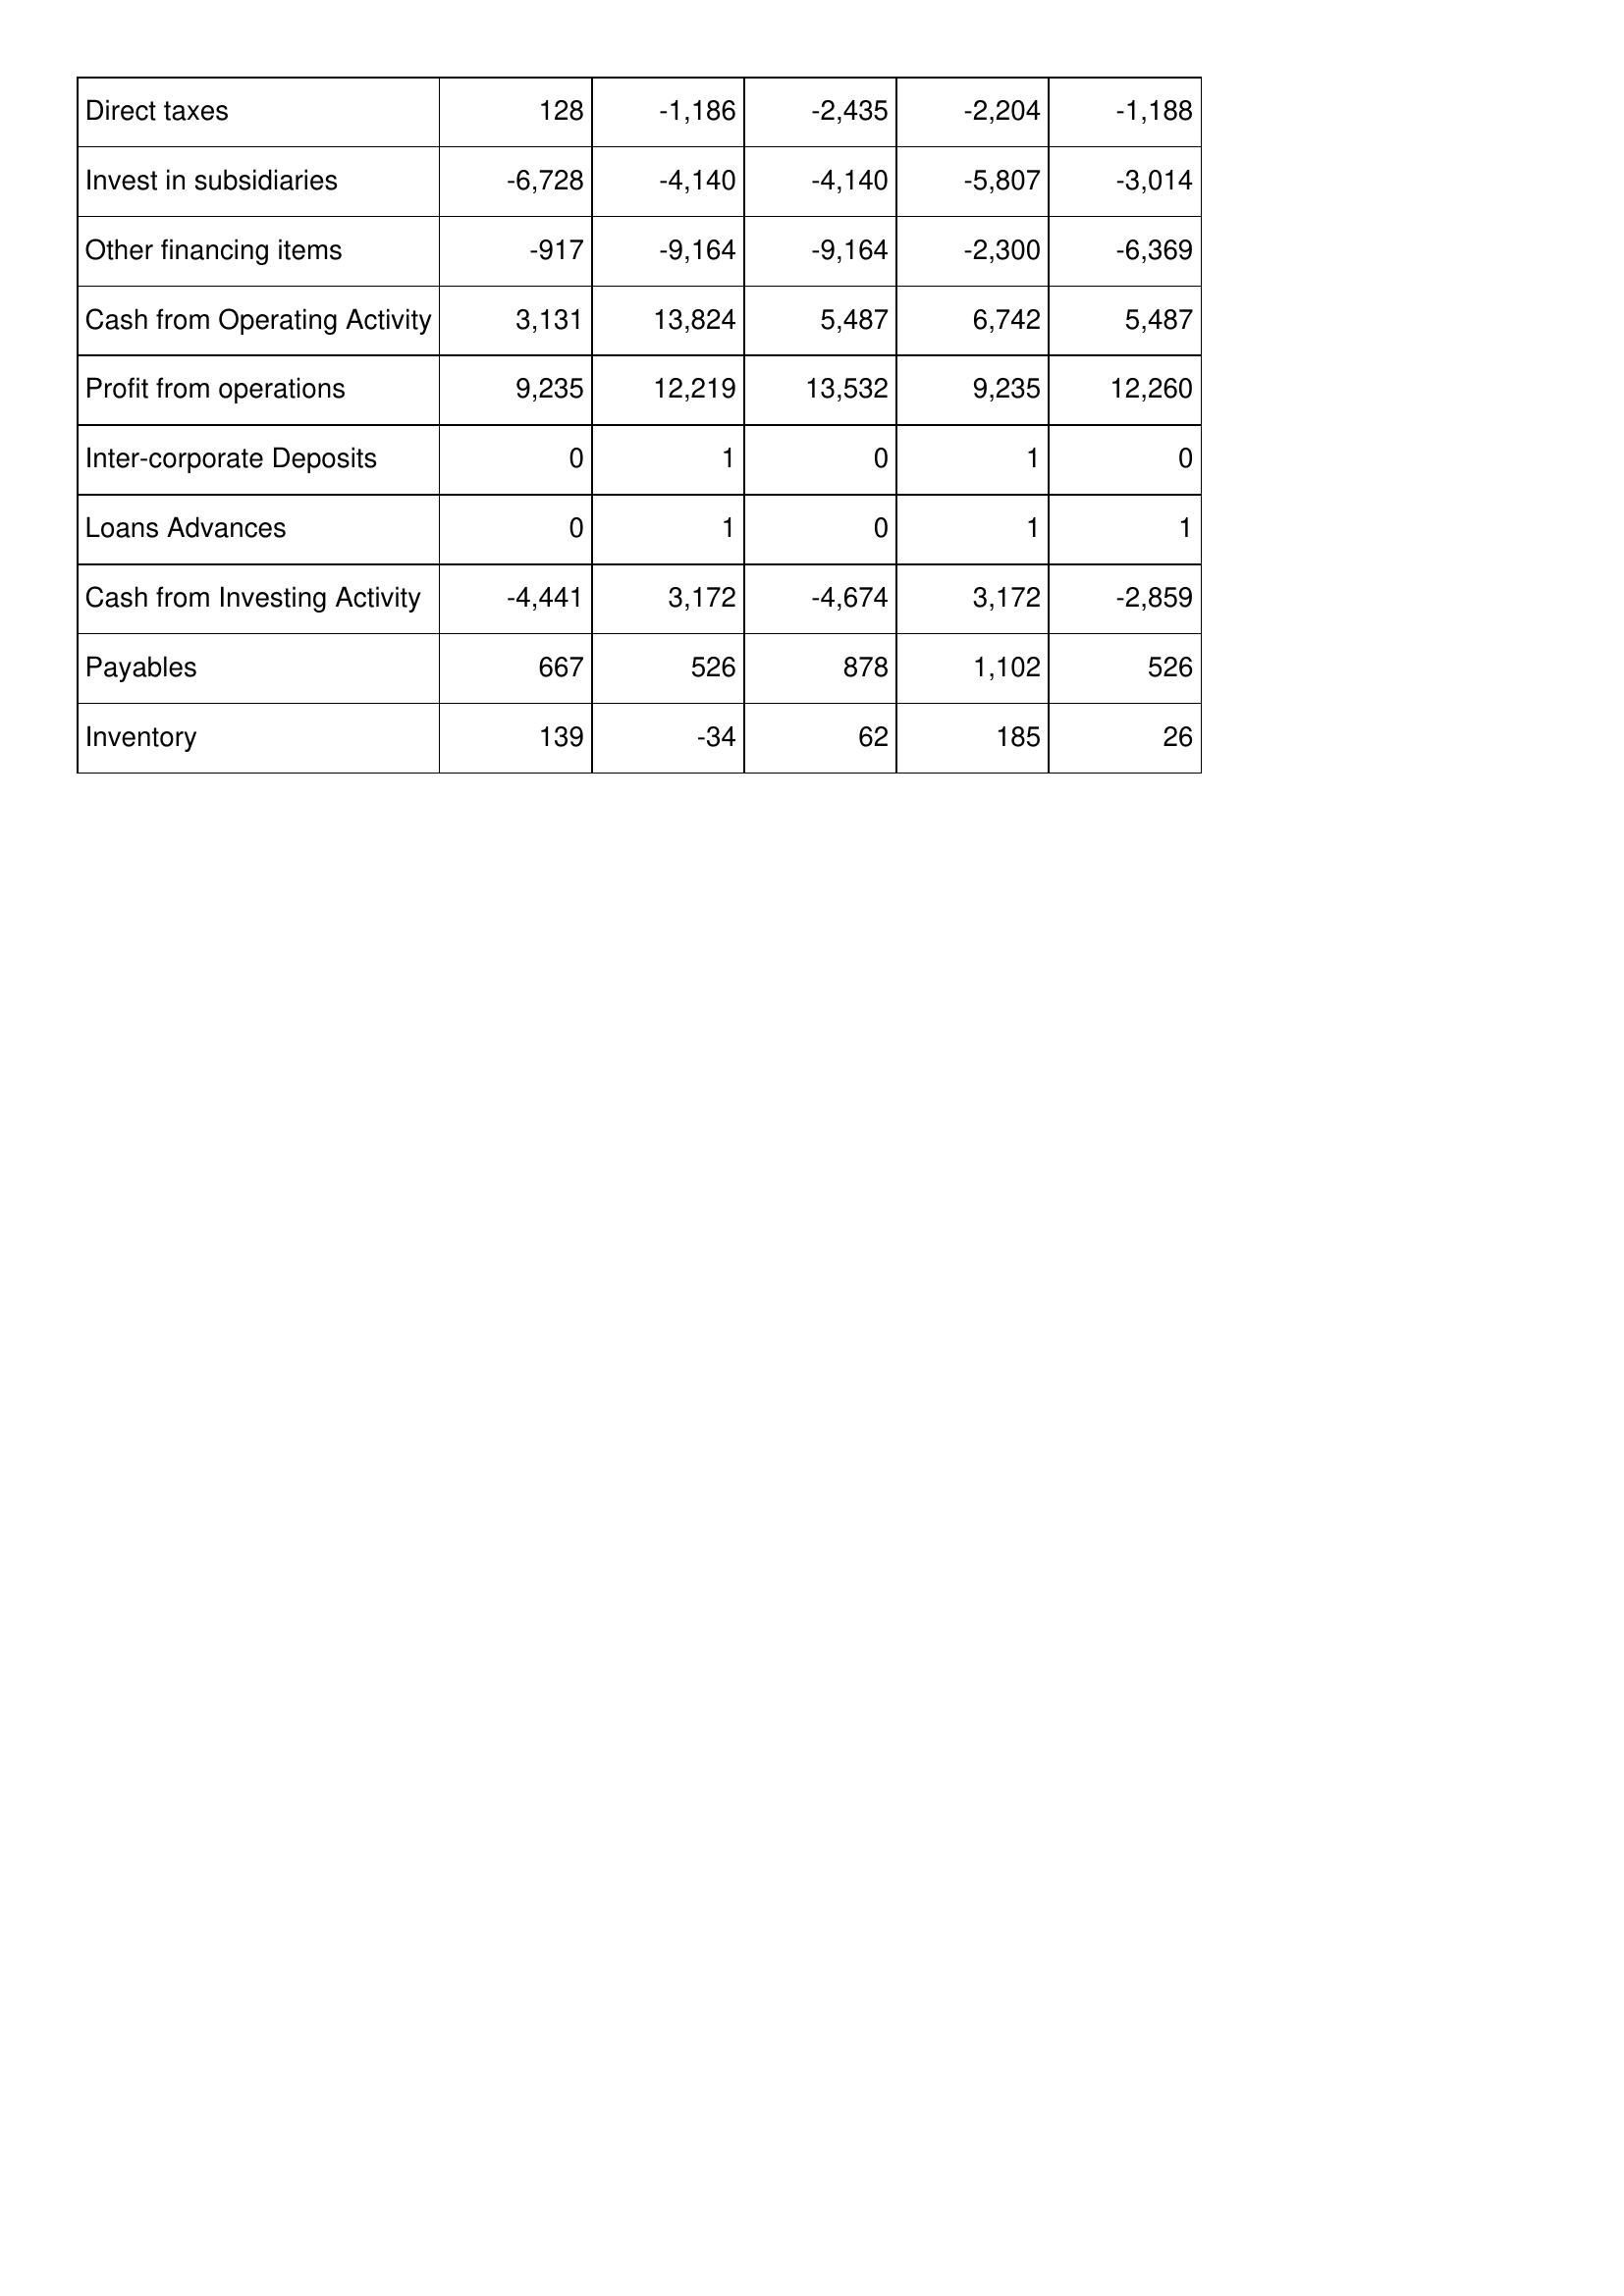
Jun-07: Cash Flows: Direct taxes: 128
Invest in subsidiaries: -6,728
Other financing items: -917
Cash from Operating Activity: 3,131
Profit from operations: 9,235
Inter-corporate Deposits: 0
Loans Advances: 0
Cash from Investing Activity: -4,441
Payables: 667
Inventory: 139
Jun-08: Cash Flows: Direct taxes: -1,186
Invest in subsidiaries: -4,140
Other financing items: -9,164
Cash from Operating Activity: 13,824
Profit from operations: 12,219
Inter-corporate Deposits: 1
Loans Advances: 1
Cash from Investing Activity: 3,172
Payables: 526
Inventory: -34
Jun-09: Cash Flows: Direct taxes: -2,435
Invest in subsidiaries: -4,140
Other financing items: -9,164
Cash from Operating Activity: 5,487
Profit from operations: 13,532
Inter-corporate Deposits: 0
Loans Advances: 0
Cash from Investing Activity: -4,674
Payables: 878
Inventory: 62
Jun-10: Cash Flows: Direct taxes: -2,204
Invest in subsidiaries: -5,807
Other financing items: -2,300
Cash from Operating Activity: 6,742
Profit from operations: 9,235
Inter-corporate Deposits: 1
Loans Advances: 1
Cash from Investing Activity: 3,172
Payables: 1,102
Inventory: 185
Jun-11: Cash Flows: Direct taxes: -1,188
Invest in subsidiaries: -3,014
Other financing items: -6,369
Cash from Operating Activity: 5,487
Profit from operations: 12,260
Inter-corporate Deposits: 0
Loans Advances: 1
Cash from Investing Activity: -2,859
Payables: 526
Inventory: 26